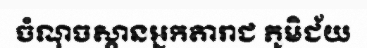
ចំណុចស្ពានអ្នកតារាជ ភូមិជ័យ